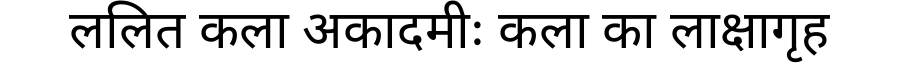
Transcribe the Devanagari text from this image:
ललित कला अकादमीः कला का लाक्षागृह